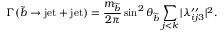
\Gamma ( \widetilde b \rightarrow \mathrm { j e t } + \mathrm { j e t } ) = \frac { m _ { \widetilde b } } { 2 \pi } \sin ^ { 2 } \theta _ { \widetilde { b } } \sum _ { j < k } | \lambda _ { i j 3 } ^ { \prime \prime } | ^ { 2 } .